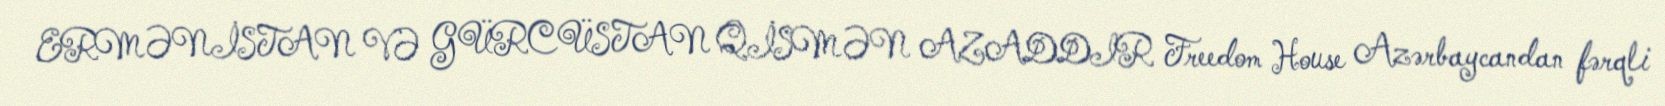
ERMƏNİSTAN VƏ GÜRCÜSTAN QİSMƏN AZADDIR Freedom House Azərbaycandan fərqli